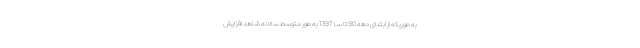
به طوریکه از ابتدای دهه 90 تا سا 1397 به طور متوسط سالانه شاهد افزایش